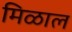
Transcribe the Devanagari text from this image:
मिळाल॓